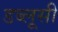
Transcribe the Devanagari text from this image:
डब्लूसी